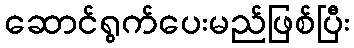
ဆောင်ရွက်ပေးမည်ဖြစ်ပြီး